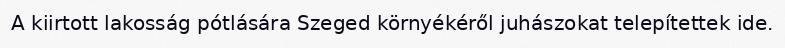
A kiirtott lakosság pótlására Szeged környékéről juhászokat telepítettek ide.